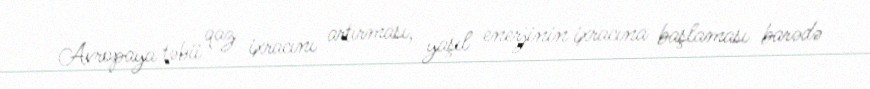
Avropaya təbii qaz ixracını artırması, yaşıl enerjinin ixracına başlaması barədə